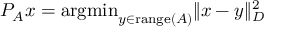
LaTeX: P _ { A } x = \mathrm { a r g m i n } _ { y \in \mathrm { r a n g e } ( A ) } \| x - y \| _ { D } ^ { 2 }